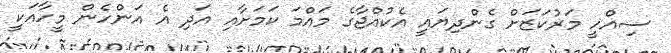
ސިއްހީ މަރުކަޒަށް ގެންދިޔައީ އެކުއްޖާގެ މައްމަ ކަމަށާއި އަދި އެ އަންހެން މީހާއަކީ